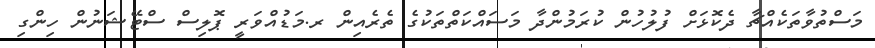
މަސްތުވާތަކެއްޗާ ދެކޮޅަށް ފުލުހުން ކުރަމުންދާ މަސައްކަތްތަކުގެ ތެރެއިން ރ.މަޑުއްވަރީ ޕޮލިސް ސްޓޭޝަނުން ހިންގި